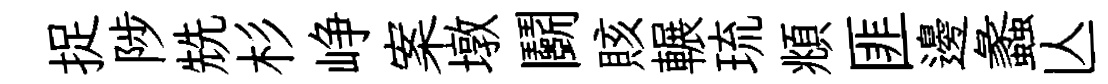
捉陟兟杉峥案墩鬬賅輾琉頫匪邊蠡亾